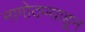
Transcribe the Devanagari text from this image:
नागोठण्याहून